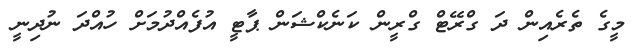
މީގެ ތެރެއިން ދަ ގްރޭޓް ގްރީން ކަނެކްޝަން ޕާޓީ އުފެއްދުމަށް ހުއްދަ ނުދިނީ